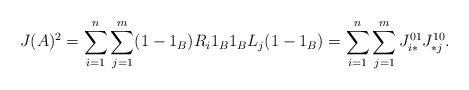
LaTeX: \begin{align*} J(A)^2 = \sum_{i=1}^n\sum_{j=1}^m(1-1_B)R_i 1_B 1_B L_j (1-1_B) = \sum_{i=1}^n\sum_{j=1}^m J^{01}_{i*}J^{10}_{*j}.\end{align*}